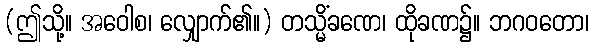
(ဤသို့။ အဝေါစ၊ လျှောက်၏။) တသ္မိံခဏေ၊ ထိုခဏ၌။ ဘဂဝတော၊